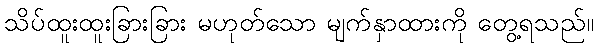
သိပ်ထူးထူးခြားခြား မဟုတ်သော မျက်နှာထားကို တွေ့ရသည်။